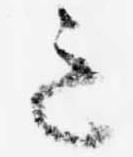
意